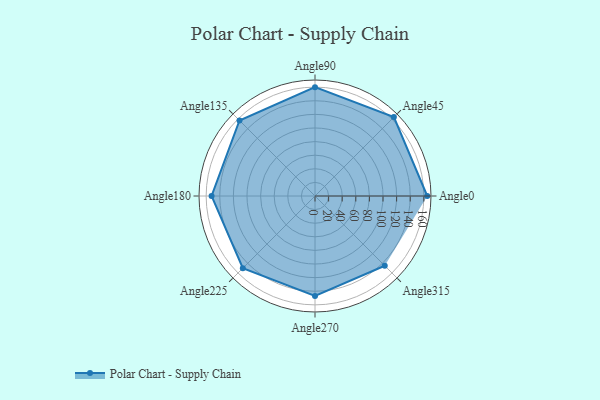
{"axis": {"x": "Angle", "y": "Radius"}, "legend": [""], "data": [{"x": "Angle0", "y": 165.0, "type": ""}, {"x": "Angle45", "y": 164.0, "type": ""}, {"x": "Angle90", "y": 160.0, "type": ""}, {"x": "Angle135", "y": 157.0, "type": ""}, {"x": "Angle180", "y": 152.0, "type": ""}, {"x": "Angle225", "y": 150.0, "type": ""}, {"x": "Angle270", "y": 147.0, "type": ""}, {"x": "Angle315", "y": 145.0, "type": ""}]}